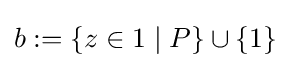
b:=\{z\in 1\mid P\}\cup \{1\}